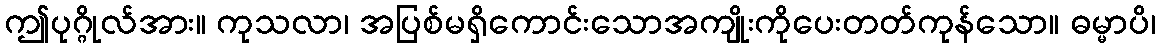
ဤပုဂ္ဂိုလ်အား။ ကုသလာ၊ အပြစ်မရှိကောင်းသောအကျိုးကိုပေးတတ်ကုန်သော။ ဓမ္မာပိ၊